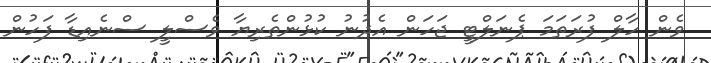
ވެން ހާލް ފުރަތަމަ ޕެނަލްޓީ ޖަހަން އެދުނު ކުޅުންތެރިޔާ ވެސްލީ ސްނެއިޑާ ފަހުން